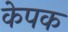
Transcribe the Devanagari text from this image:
केपक